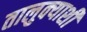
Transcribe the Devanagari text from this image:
तालुक्‍याशी